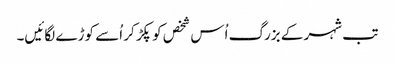
تب شہر کے بزرگ اُس شخص کو پکڑ کر اُسے کوڑے لگائیں۔